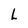
Character: L